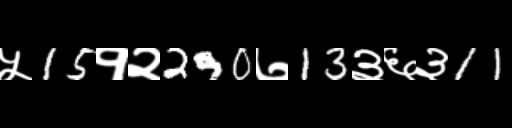
Text: ५15१२290७13३६३11